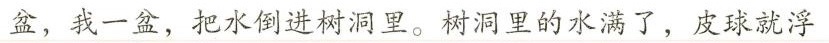
盆，我一盆，把水倒进树洞里。树洞里的水满了，皮球就浮